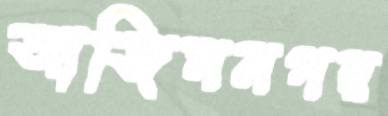
আজিমনগর